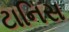
ટાનિસ